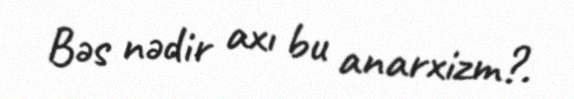
Bəs nədir axı bu anarxizm?.